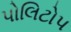
પોલિટોપ